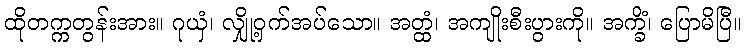
ထိုတက္ကတွန်းအား။ ဂုယှံ၊ လျှို့ဝှက်အပ်သော။ အတ္ထံ၊ အကျိုးစီးပွားကို။ အက္ခိံ၊ ပြောမိပြီ။